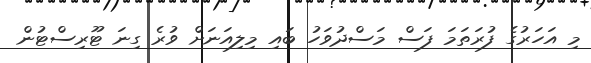
މި އަހަރުގެ ފުރަތަމަ ފަސް މަސްދުވަހު ބައި މިލިއަނަށް ވުރެ ގިނަ ޓޫރިސްޓުން